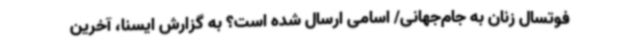
فوتسال زنان به جام‌جهانی/ اسامی ارسال شده است؟ به گزارش ایسنا، آخرین